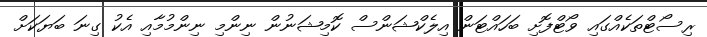
ރިސޯޓްތަކެއްގައި ވޯޓްފޮށި ބަހައްޓަން އިލެކްޝަންސް ކޮމިޝަނުން ނިންމި ނިންމުމާއި އެކު ގިނަ ބަޔަކަށް